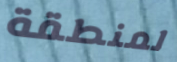
لمنطقة